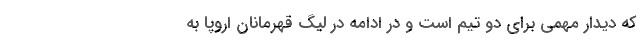
که دیدار مهمی برای دو تیم است و در ادامه در لیگ قهرمانان اروپا به